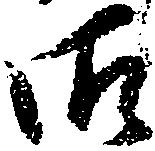
御